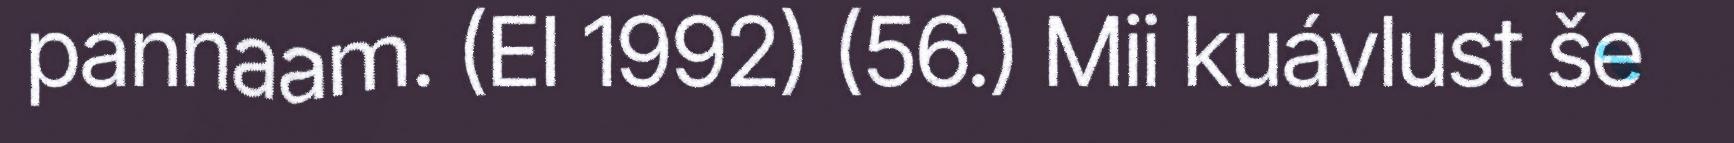
pannaam. (EI 1992) (56.) Mii kuávlust še